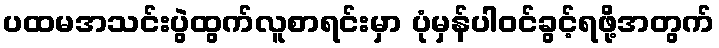
ပထမအသင်းပွဲထွက်လူစာရင်းမှာ ပုံမှန်ပါဝင်ခွင့်ရဖို့အတွက်